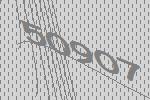
50907